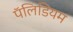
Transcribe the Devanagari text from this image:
पॅलिडियम